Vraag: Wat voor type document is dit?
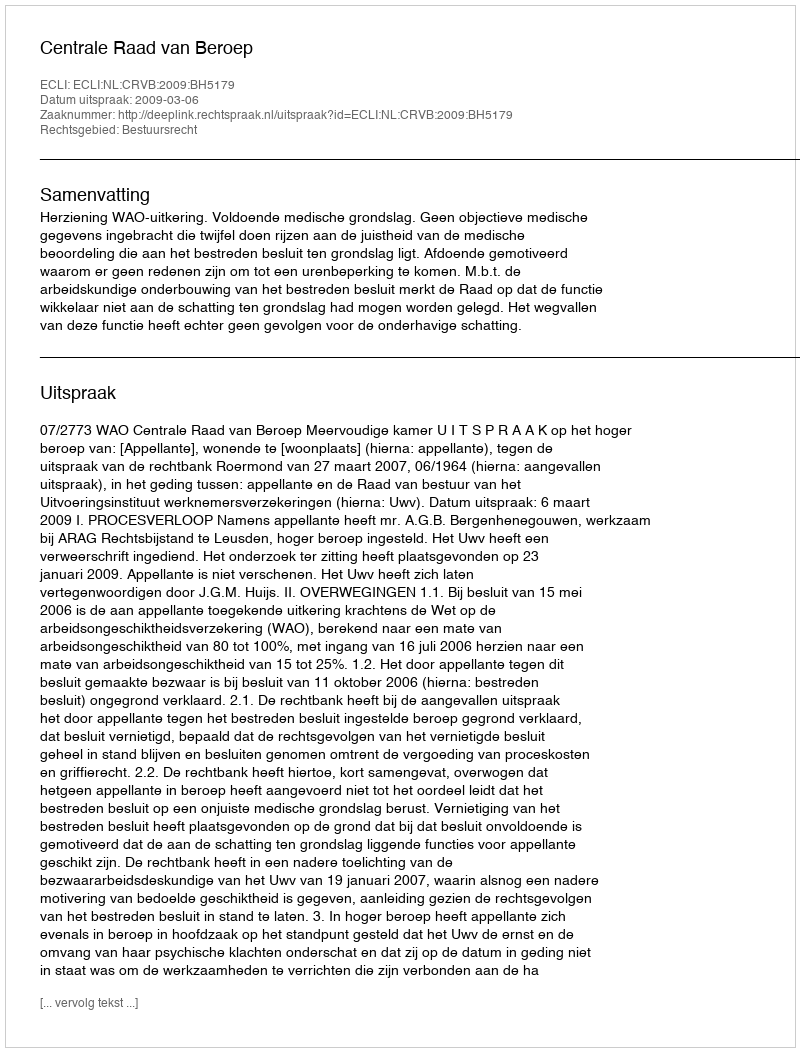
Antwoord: Uitspraak